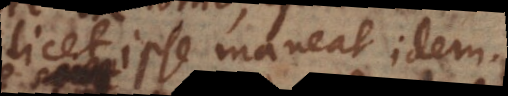
licet ipse maneat idem.